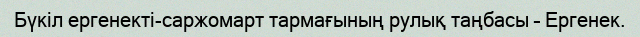
Бүкіл ергенекті-саржомарт тармағының рулық таңбасы – Ергенек.